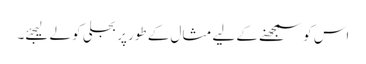
اس کو سمجھنے کے لیے مثال کے طور پر بجلی کو لے لیجئے۔